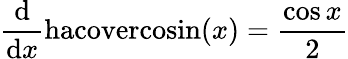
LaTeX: {\frac{\mathrm{d}}{\mathrm{d}x}}\mathrm{hacovercosin}(x)={\frac{\cos{x}}{2}}